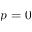
p = 0